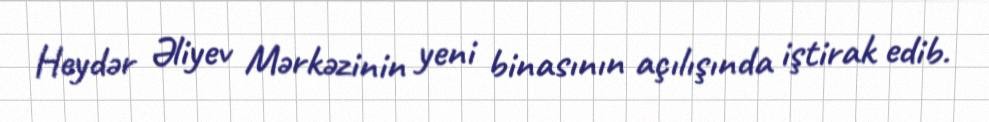
Heydər Əliyev Mərkəzinin yeni binasının açılışında iştirak edib.